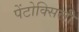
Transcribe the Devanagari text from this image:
पेंटोक्सिली